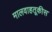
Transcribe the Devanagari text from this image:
मालवाहतूकीस